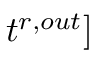
t ^ { r , o u t } ]